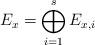
LaTeX: \begin{align*}E_x = \bigoplus_{i=1}^s E_{x,i}\end{align*}